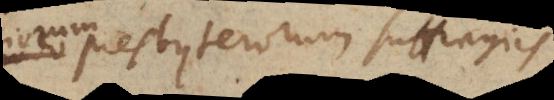
aliorum presbyterorum suffragiis,